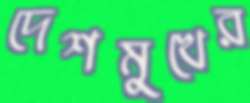
দেশমুখের